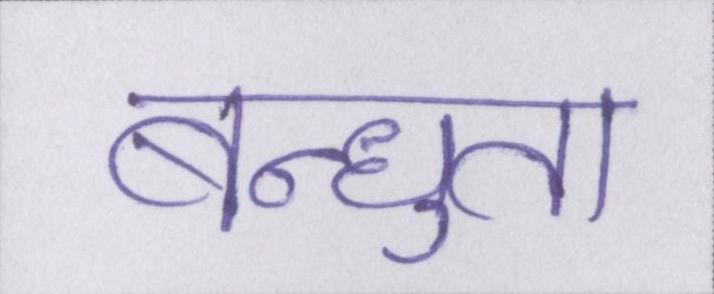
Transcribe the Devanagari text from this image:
बन्धुता